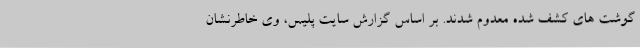
گوشت های کشف شده معدوم شدند. بر اساس گزارش سایت پلیس، وی خاطرنشان